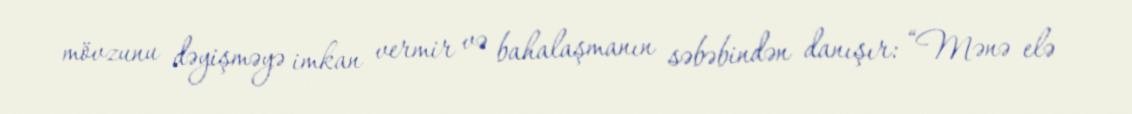
mövzunu dəyişməyə imkan vermir və bahalaşmanın səbəbindən danışır: “Mənə elə